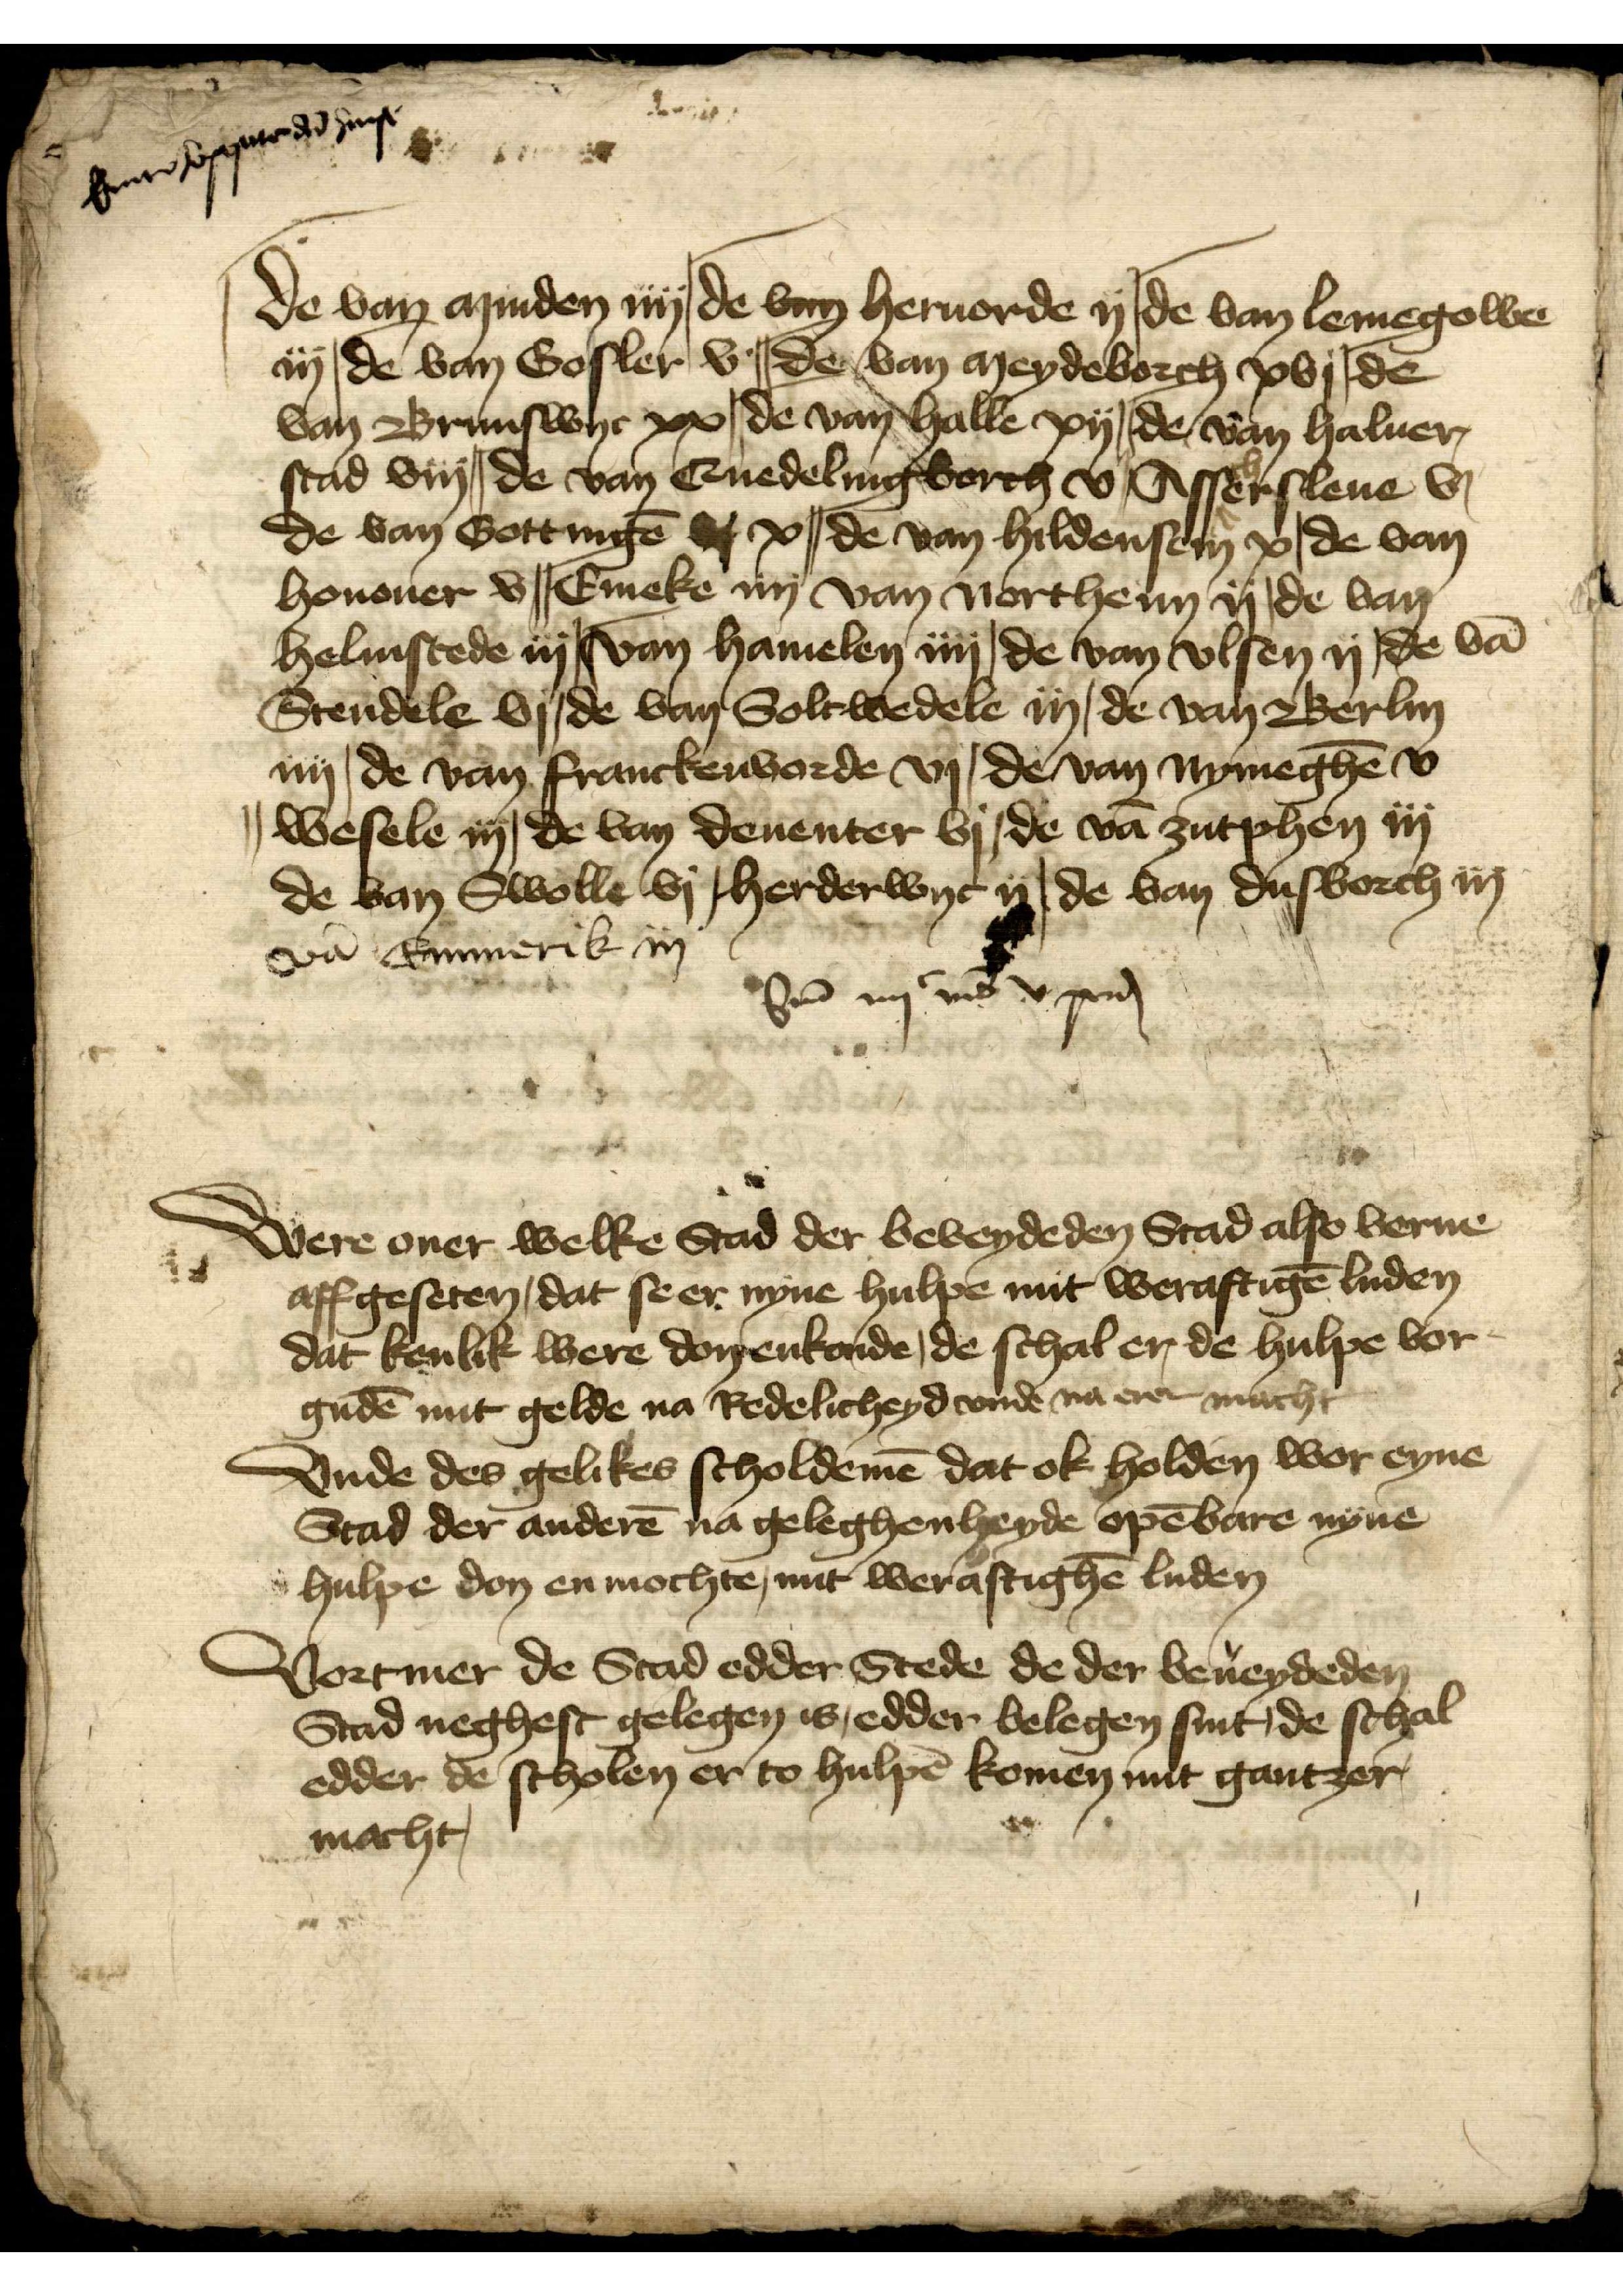
Summe Copputer der hanse

de van Minden iiij | de van Heruorde ij | de van Lemegowe
iij | de van Gosler v | de van Meydeborch xvj | de
van Brunswyc xx | de van Halle xij | de van Haluer¬
stad viij | de van Eruedelingeborch v | Assersleue vj
de van Gottingē s x | de van Hildensem x | de van
Honouer v | Emeke iiij van Northeim ij | de van
Helmstede iiij | van Hamelen iiij | de van Vlsen ij | de vā
Stendele vj | de van Soltwedele iij | de van Berlin
iiij, de van Franckenvorde vj | de van Nymeghē v
|| Wesele iiij | de van Deuenter ij | de van Zutphen iij
de van Swolle vy | Herderwyc ij | van Dusborch iij
vā Emmerik iij
Sma iiijc vnd v pund

Were ouer welke Stad der beheydeden Stad also verne
aff geseten, dat se er nyne hulpe mit weraftigē luden
dat kenlik were don enkonde, de schal er, de hulpe vor
gudē mit gelde na Redelicheyd vnde na erer macht
Vnde des gelikes scholdemē dat ok holden wor eyne
Stad der anderē na geleghenheyde opēbare nyne
hulpe don en mochte, mit weraftigē luden
Vortmer de Stad edder Stede de der beueydeden
Stad neghest gelegen is, edder belegen sint de schal
edder de scholen er to hulpē komen mit gantzer
macht